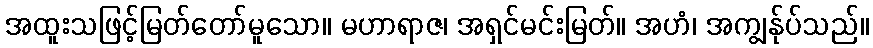
အထူးသဖြင့်မြတ်တော်မူသော။ မဟာရာဇ၊ အရှင်မင်းမြတ်။ အဟံ၊ အကျွန်ုပ်သည်။